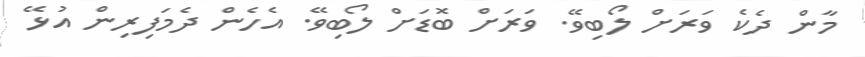
މާން ދެކެ ވަރަށް ލޯބިވޭ. ވަރަށް ބޮޑަށް ލޯބިވޭ. އެހެން ދެމަފިރިން އުޅޭ